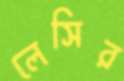
লেসির